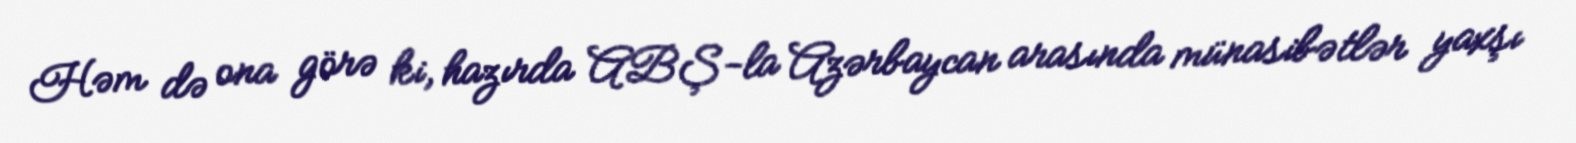
Həm də ona görə ki, hazırda ABŞ-la Azərbaycan arasında münasibətlər yaxşı